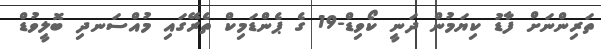
ތަރިންނަށް ފާޑު ކިޔަމުން ދަނީ ކޯވިޑް-19 ގެ ޕެންޑަމިކް ތެރޭގައި މުއްސަނދި ބޮލީވުޑް